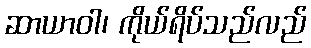
ဆာယာဝါ၊ ကိုယ်ရိပ်သည်လည်